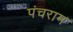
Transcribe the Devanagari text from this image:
पंचराम